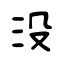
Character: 沒